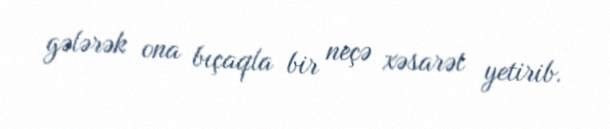
gələrək ona bıçaqla bir neçə xəsarət yetirib.